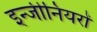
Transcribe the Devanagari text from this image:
इन्जीनियरों